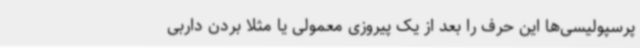
پرسپولیسی‌ها این حرف را بعد از یک پیروزی معمولی یا مثلا بردن داربی